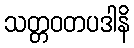
သတ္တဝတပဒါနိ